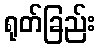
ရုတ်ခြည်း